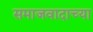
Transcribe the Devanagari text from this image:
समाजवादाच्या